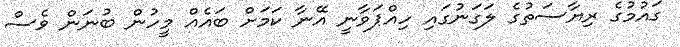
ގައުމުގެ ރިޔާސަތުގެ ލަގަނުގައި ހިއްޕަވާނީ އޭނާ ކަމަށް ބައެއް މީހުން ބުނަން ވެސް